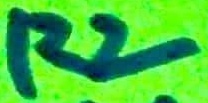
Text: R2